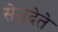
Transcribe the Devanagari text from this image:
सेउदेते